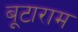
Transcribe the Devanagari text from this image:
बूटाराम